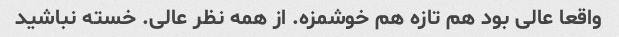
واقعا عالی بود هم تازه هم خوشمزه. از همه نظر عالی. خسته نباشید